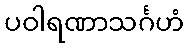
ပဝါရဏာသင်္ဂဟံ